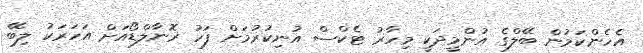
އެހެންކަމުން ބޭލްގެ އުންމީދަކީ މިހާރު ޓެކްސް އުނިކުރުމަށް ފަހު ރޮނާލްޑޯއަށް އަހަރަކު ލިބޭ